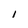
Character: I